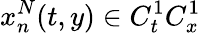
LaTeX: x_{n}^{N}(t,y)\in C_{t}^{1}C_{x}^{1}